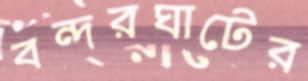
বন্দরঘাটের